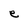
Character: e